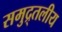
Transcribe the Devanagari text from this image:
समुद्र्तलीय